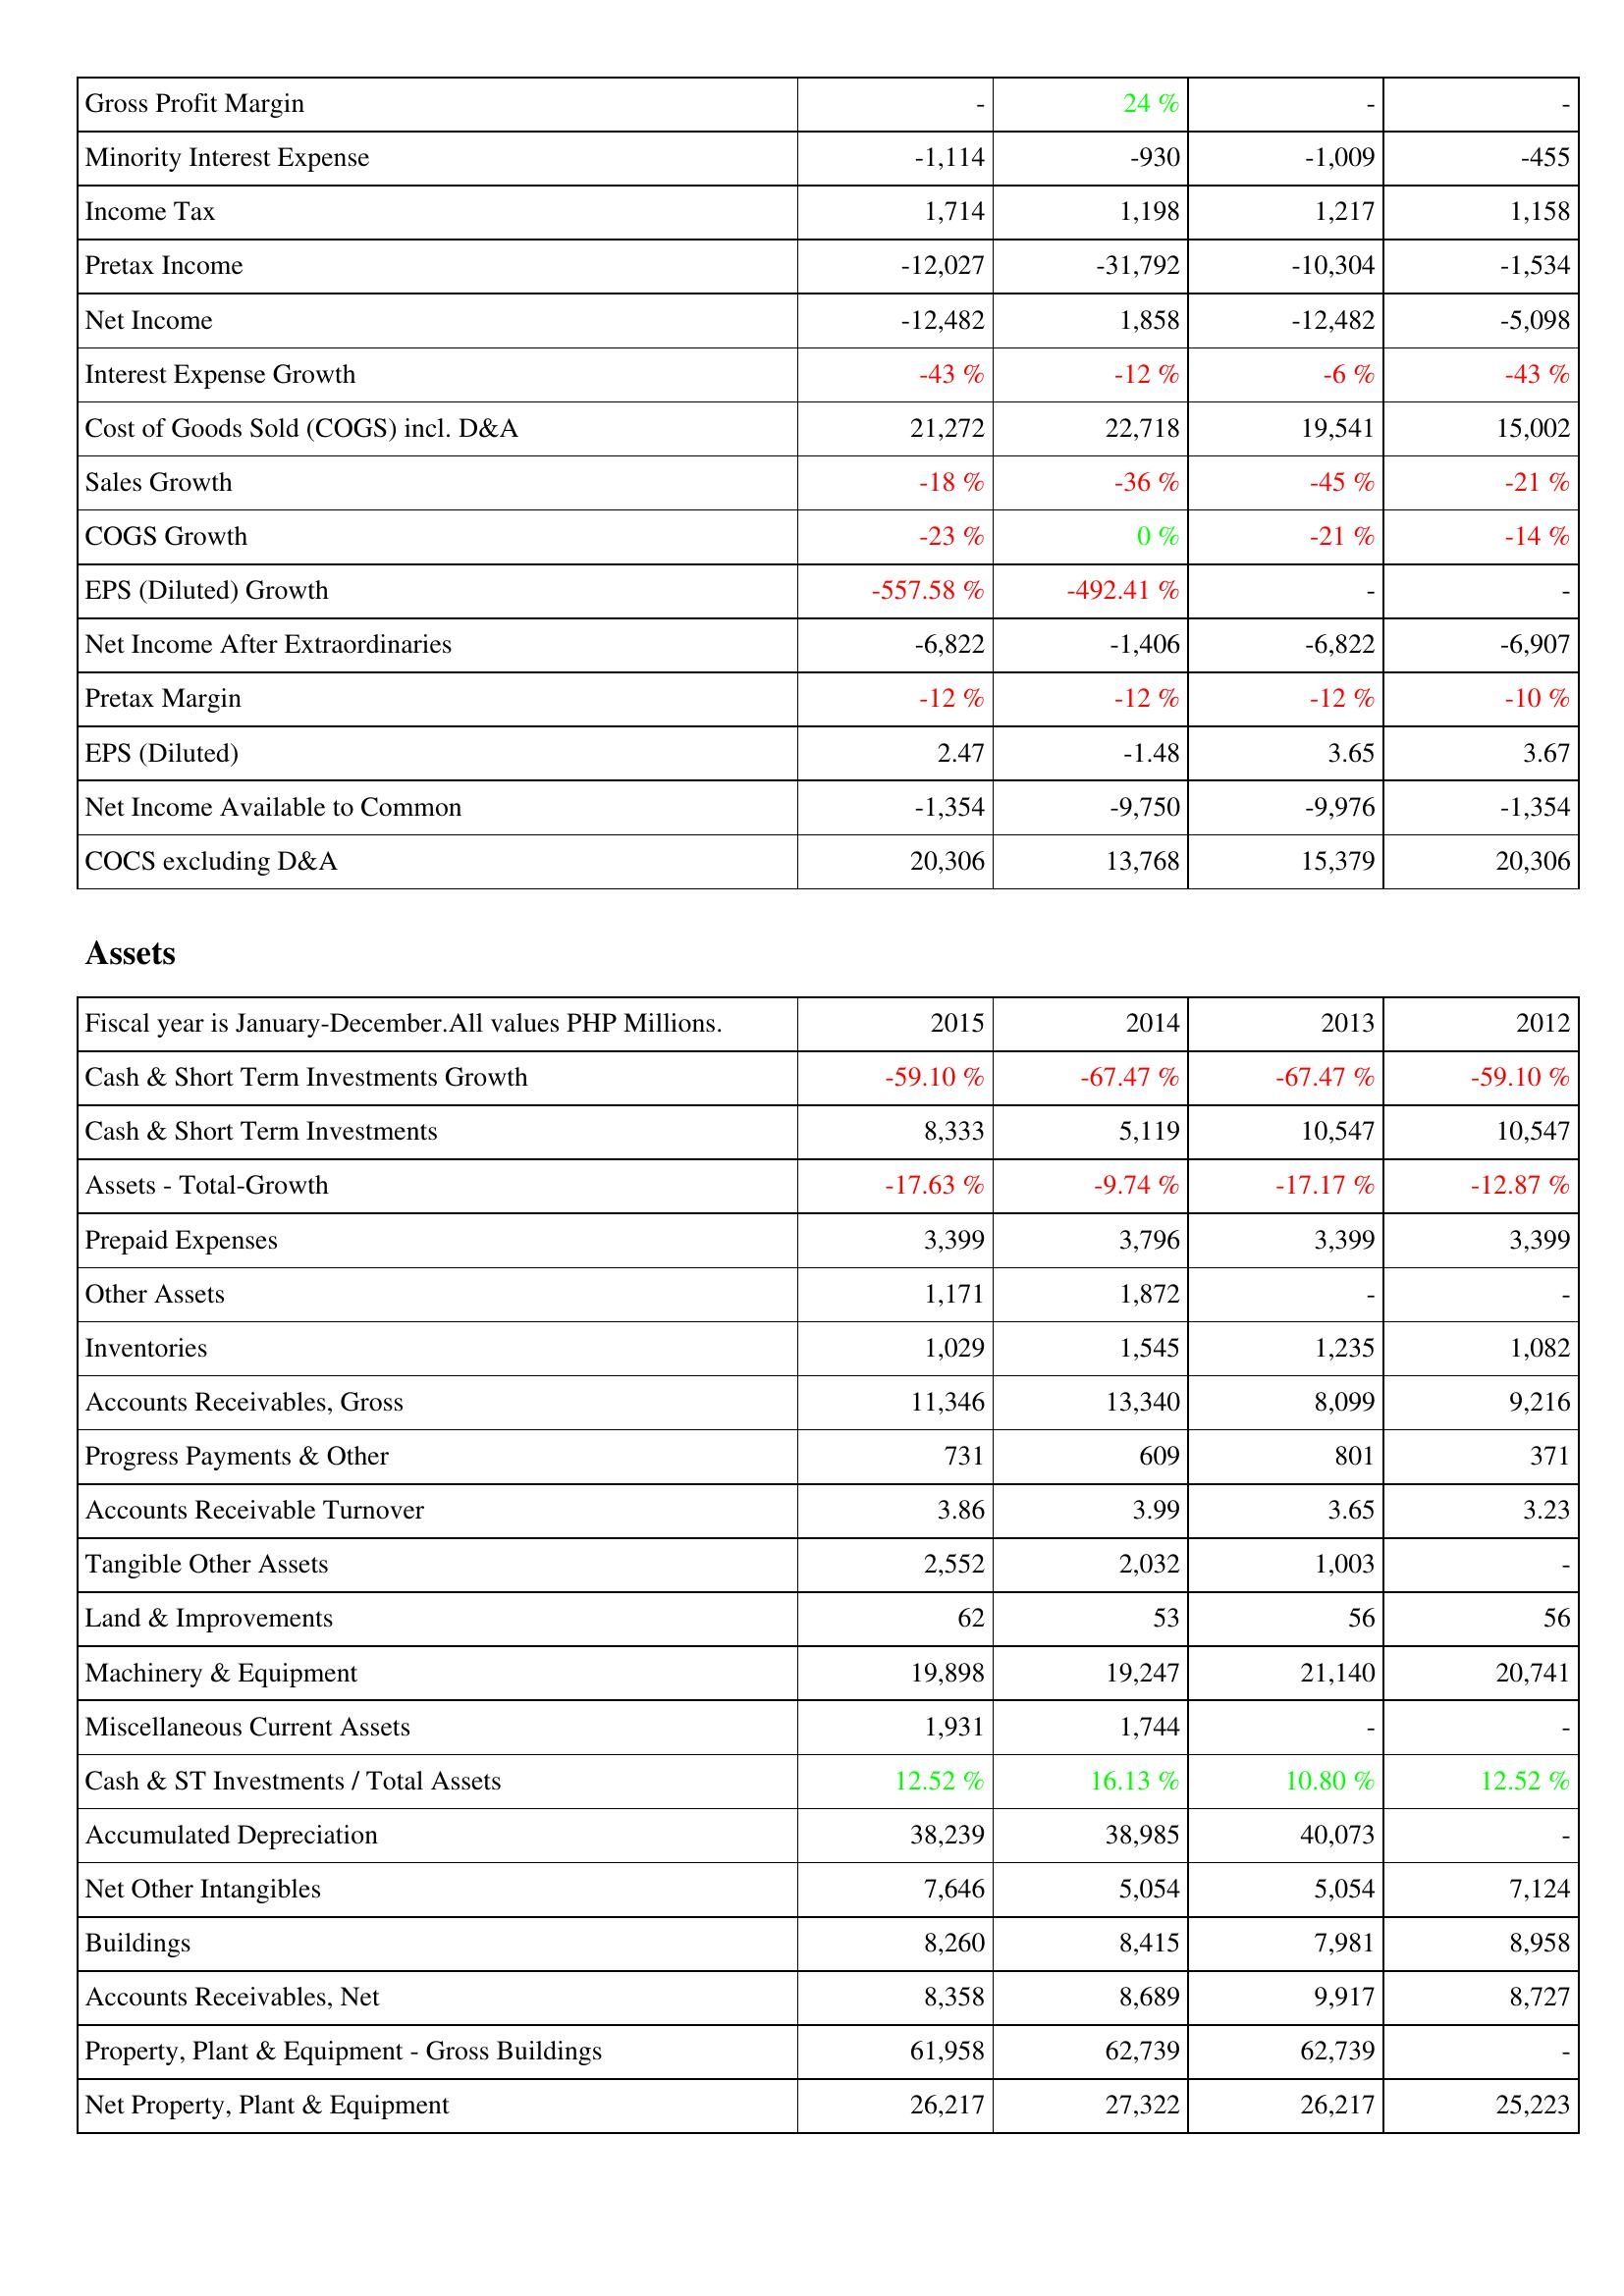
2015: Income Statement: Gross Profit Margin: -
Minority Interest Expense: -1,114
Income Tax: 1,714
Pretax Income: -12,027
Net Income: -12,482
Interest Expense Growth: -43 %
Cost of Goods Sold (COGS) incl. D&A: 21,272
Sales Growth: -18 %
COGS Growth: -23 %
EPS (Diluted) Growth: -557.58 %
Net Income After Extraordinaries: -6,822
Pretax Margin: -12 %
EPS (Diluted): 2.47
Net Income Available to Common: -1,354
COCS excluding D&A: 20,306
Assets: Cash & Short Term Investments Growth: -59.10 %
Cash & Short Term Investments: 8,333
Assets - Total-Growth: -17.63 %
Prepaid Expenses: 3,399
Other Assets: 1,171
Inventories: 1,029
Accounts Receivables, Gross: 11,346
Progress Payments & Other: 731
Accounts Receivable Turnover: 3.86
Tangible Other Assets: 2,552
Land & Improvements: 62
Machinery & Equipment: 19,898
Miscellaneous Current Assets: 1,931
Cash & ST Investments / Total Assets: 12.52 %
Accumulated Depreciation: 38,239
Net Other Intangibles: 7,646
Buildings: 8,260
Accounts Receivables, Net: 8,358
Property, Plant & Equipment - Gross Buildings: 61,958
Net Property, Plant & Equipment: 26,217
2014: Income Statement: Gross Profit Margin: 24 %
Minority Interest Expense: -930
Income Tax: 1,198
Pretax Income: -31,792
Net Income: 1,858
Interest Expense Growth: -12 %
Cost of Goods Sold (COGS) incl. D&A: 22,718
Sales Growth: -36 %
COGS Growth: 0 %
EPS (Diluted) Growth: -492.41 %
Net Income After Extraordinaries: -1,406
Pretax Margin: -12 %
EPS (Diluted): -1.48
Net Income Available to Common: -9,750
COCS excluding D&A: 13,768
Assets: Cash & Short Term Investments Growth: -67.47 %
Cash & Short Term Investments: 5,119
Assets - Total-Growth: -9.74 %
Prepaid Expenses: 3,796
Other Assets: 1,872
Inventories: 1,545
Accounts Receivables, Gross: 13,340
Progress Payments & Other: 609
Accounts Receivable Turnover: 3.99
Tangible Other Assets: 2,032
Land & Improvements: 53
Machinery & Equipment: 19,247
Miscellaneous Current Assets: 1,744
Cash & ST Investments / Total Assets: 16.13 %
Accumulated Depreciation: 38,985
Net Other Intangibles: 5,054
Buildings: 8,415
Accounts Receivables, Net: 8,689
Property, Plant & Equipment - Gross Buildings: 62,739
Net Property, Plant & Equipment: 27,322
2013: Income Statement: Gross Profit Margin: -
Minority Interest Expense: -1,009
Income Tax: 1,217
Pretax Income: -10,304
Net Income: -12,482
Interest Expense Growth: -6 %
Cost of Goods Sold (COGS) incl. D&A: 19,541
Sales Growth: -45 %
COGS Growth: -21 %
EPS (Diluted) Growth: -
Net Income After Extraordinaries: -6,822
Pretax Margin: -12 %
EPS (Diluted): 3.65
Net Income Available to Common: -9,976
COCS excluding D&A: 15,379
Assets: Cash & Short Term Investments Growth: -67.47 %
Cash & Short Term Investments: 10,547
Assets - Total-Growth: -17.17 %
Prepaid Expenses: 3,399
Other Assets: -
Inventories: 1,235
Accounts Receivables, Gross: 8,099
Progress Payments & Other: 801
Accounts Receivable Turnover: 3.65
Tangible Other Assets: 1,003
Land & Improvements: 56
Machinery & Equipment: 21,140
Miscellaneous Current Assets: -
Cash & ST Investments / Total Assets: 10.80 %
Accumulated Depreciation: 40,073
Net Other Intangibles: 5,054
Buildings: 7,981
Accounts Receivables, Net: 9,917
Property, Plant & Equipment - Gross Buildings: 62,739
Net Property, Plant & Equipment: 26,217
2012: Income Statement: Gross Profit Margin: -
Minority Interest Expense: -455
Income Tax: 1,158
Pretax Income: -1,534
Net Income: -5,098
Interest Expense Growth: -43 %
Cost of Goods Sold (COGS) incl. D&A: 15,002
Sales Growth: -21 %
COGS Growth: -14 %
EPS (Diluted) Growth: -
Net Income After Extraordinaries: -6,907
Pretax Margin: -10 %
EPS (Diluted): 3.67
Net Income Available to Common: -1,354
COCS excluding D&A: 20,306
Assets: Cash & Short Term Investments Growth: -59.10 %
Cash & Short Term Investments: 10,547
Assets - Total-Growth: -12.87 %
Prepaid Expenses: 3,399
Other Assets: -
Inventories: 1,082
Accounts Receivables, Gross: 9,216
Progress Payments & Other: 371
Accounts Receivable Turnover: 3.23
Tangible Other Assets: -
Land & Improvements: 56
Machinery & Equipment: 20,741
Miscellaneous Current Assets: -
Cash & ST Investments / Total Assets: 12.52 %
Accumulated Depreciation: -
Net Other Intangibles: 7,124
Buildings: 8,958
Accounts Receivables, Net: 8,727
Property, Plant & Equipment - Gross Buildings: -
Net Property, Plant & Equipment: 25,223